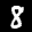
Label: 8